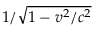
1 / { \sqrt { 1 - v ^ { 2 } / c ^ { 2 } } }